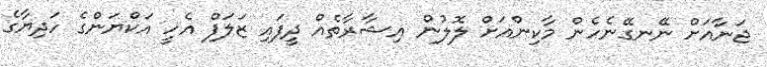
ޖަނާއަށް ނޭނގޭނެހެން މާކިންއަށް ލޮލުން އިޝާރާތެއް ދީފައި ޒަލަފް އެހީ އަކްޔަންގެ ހަދިޔާގެ